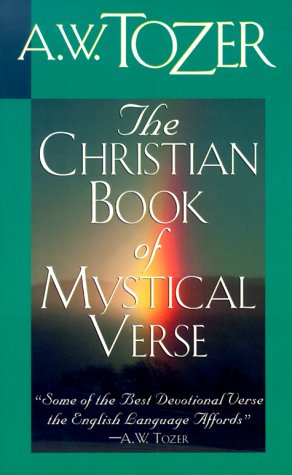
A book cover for The Christian Book of Mystical Verse; Christian Books & Bibles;